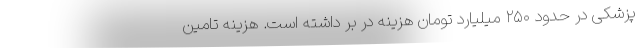
پزشکی در حدود ۲۵۰ میلیارد تومان هزینه در بر داشته است. هزینه تامین